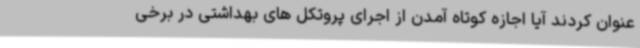
عنوان کردند آیا اجازه کوتاه آمدن از اجرای پروتکل های بهداشتی در برخی